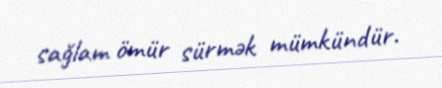
sağlam ömür sürmək mümkündür.